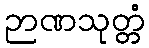
ဉာဏသုတ္တံ